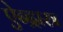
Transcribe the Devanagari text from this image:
ऐन्द्रास्त्र